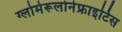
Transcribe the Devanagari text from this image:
ग्लोमेरूलोनेफ्राइटिस